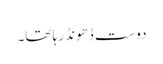
دوست ڈھونڈ رہا تھا۔